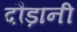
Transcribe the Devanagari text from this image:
दौड़ानी